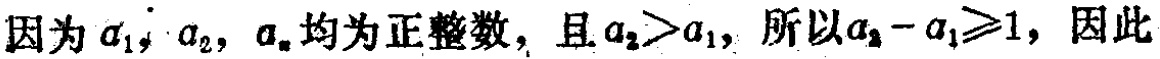
因为\(a_{1},a_{2},a_{n}\)均为正整数，且\(a_{2}>a_{1}\)，所以\(a_{2}-a_{1}\geqslant1\)，因此